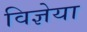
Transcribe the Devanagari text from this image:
विज्ञेया